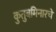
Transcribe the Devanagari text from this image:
कुतुबमिनारचे